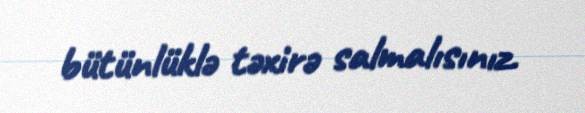
bütünlüklə təxirə salmalısınız.